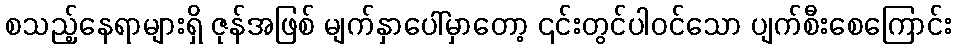
စသည့်နေရာများရှိ ဇုန်အဖြစ် မျက်နှာပေါ်မှာတော့ ၎င်းတွင်ပါဝင်သော ပျက်စီးစေကြောင်း